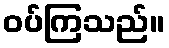
ဝပ်ကြသည်။